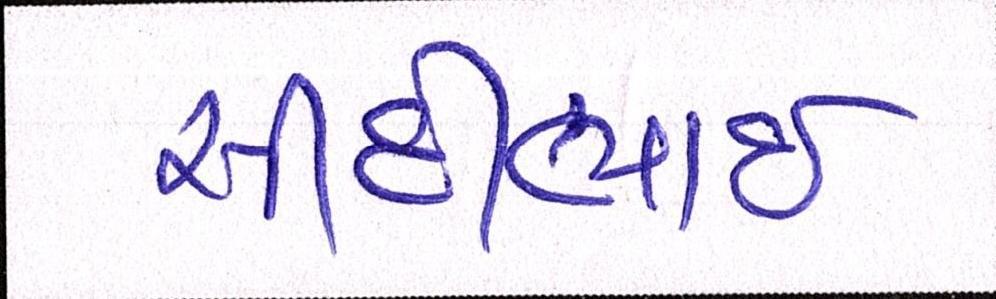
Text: સીદાભાઈ